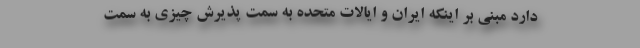
دارد مبنی بر اینکه ایران و ایالات متحده به سمت پذیرش چیزی به سمت